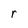
Character: r